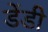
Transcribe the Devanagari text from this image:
डेंडी